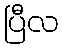
ပြီလ